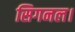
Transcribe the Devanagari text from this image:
सिगनल।